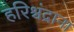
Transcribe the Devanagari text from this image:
हरिश्चंद्राना